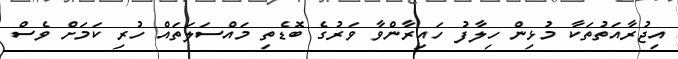
އިޖުރާއަތުތަކާ މުޅިން ހިލާފު ހައިރާންވާ ވަރުގެ ބޮޑެތި މައްސަލަތައް ހުރި ކަމަށް ވެސް